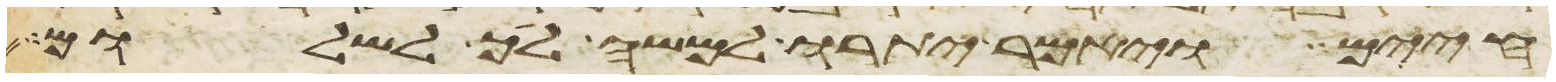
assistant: חיים ויאמר יתרו למשה לך לשלום